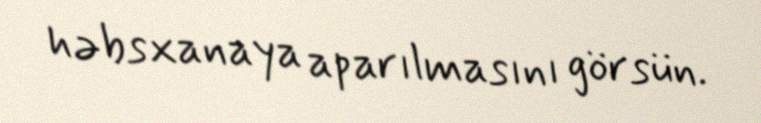
həbsxanaya aparılmasını görsün.